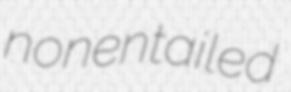
nonentailed